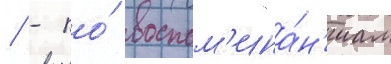
/ - по́ воспом'ина́н'иам